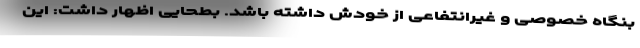
بنگاه خصوصی و غیرانتفاعی از خودش داشته باشد. بطحایی اظهار داشت: این